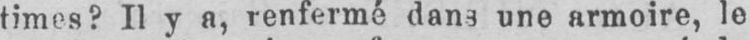
times? Il y a, renfermé dans une armoire, le